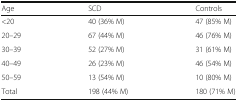
<table><thead><tr><td><b>Age</b></td><td><b>SCD</b></td><td><b>Controls</b></td></tr></thead><tbody><tr><td>&lt;20</td><td>40 (36% M)</td><td>47 (85% M)</td></tr><tr><td>20–29</td><td>67 (44% M)</td><td>46 (76% M)</td></tr><tr><td>30–39</td><td>52 (27% M)</td><td>31 (61% M)</td></tr><tr><td>40–49</td><td>26 (23% M)</td><td>46 (54% M)</td></tr><tr><td>50–59</td><td>13 (54% M)</td><td>10 (80% M)</td></tr><tr><td>Total</td><td>198 (44% M)</td><td>180 (71% M)</td></tr></tbody></table>